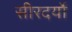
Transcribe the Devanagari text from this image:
सीरदर्यो